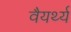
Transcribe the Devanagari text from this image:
वैयर्थ्य